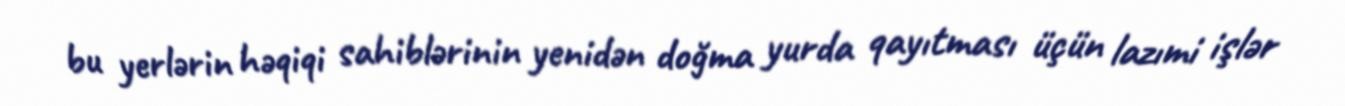
bu yerlərin həqiqi sahiblərinin yenidən doğma yurda qayıtması üçün lazımi işlər